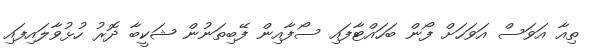
ތިއާ އަވަސް އަވަހަށް ފޯން ބަހައްޓާފައި ސޯފާއިން ފޭބިތަނުން ޝަކީބާ ދޮރު ހުޅުވާލައިފައި